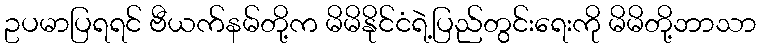
ဥပမာပြရရင် ဗီယက်နမ်တို့က မိမိနိုင်ငံရဲ့ပြည်တွင်းရေးကို မိမိတို့ဘာသာ